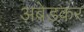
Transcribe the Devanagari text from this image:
अबेडकर